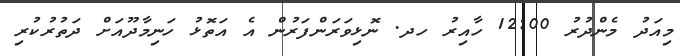
މިއަދު މެންދުރު 12:00 ހާއިރު ހދ. ނޮޅިވަރަންފަރުން އެ އަތޮޅު ހަނިމާދޫއަށް ދަތުރުކުރި